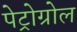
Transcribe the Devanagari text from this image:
पेट्रोग्रोल